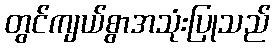
တွင်ကျယ်စွာအသုံးပြုသည်